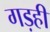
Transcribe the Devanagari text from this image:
गड़ही